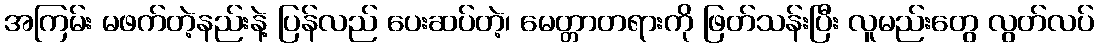
အကြမ်း မဖက်တဲ့နည်းနဲ့ ပြန်လည် ပေးဆပ်တဲ့၊ မေတ္တာတရားကို ဖြတ်သန်းပြီး လူမည်းတွေ လွတ်လပ်